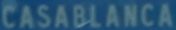
CASABLANCA